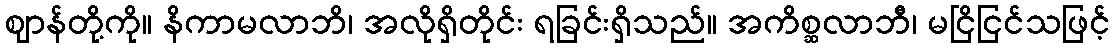
ဈာန်တို့ကို။ နိကာမလာဘိ၊ အလိုရှိတိုင်း ရခြင်းရှိသည်။ အကိစ္ဆလာဘီ၊ မငြိငြင်သဖြင့်